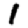
Digit: 1